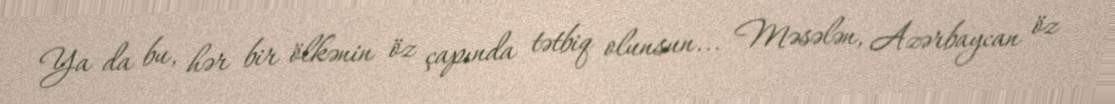
Ya da bu, hər bir ölkənin öz çapında tətbiq olunsun... Məsələn, Azərbaycan öz